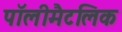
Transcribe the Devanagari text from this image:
पॉलीमैटलिक